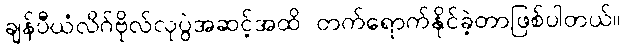
ချန်ပီယံလိဂ်ဗိုလ်လုပွဲအဆင့်အထိ တက်ရောက်နိုင်ခဲ့တာဖြစ်ပါတယ်။